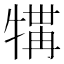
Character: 𪺲